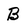
Character: B